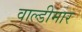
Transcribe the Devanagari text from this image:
वाल्डीमार